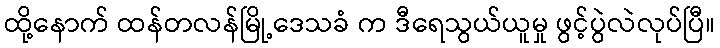
ထို့နောက် ထန်တလန်မြို့ဒေသခံ က ဒီရေသွယ်ယူမှု ဖွင့်ပွဲလဲလုပ်ပြီ။